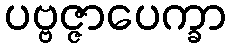
ပဗ္ဗဇ္ဇာပေက္ခာ